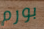
بورم